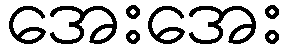
အေးအေး